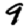
Digit: 9